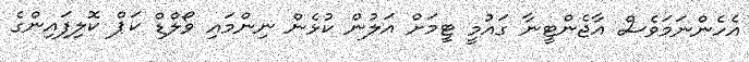
އެހެންނަމަވެސް އާޖެންޓީނާ ގައުމީ ޓީމަށް އަލުން ކުޅެން ނިންމައި ވޯލްޑް ކަޕް ކޮލިފައިންގެ